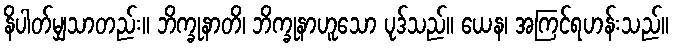
နိပါတ်မျှသာတည်း။ ဘိက္ခုနာတိ၊ ဘိက္ခုနာဟူသော ပုဒ်သည်။ ယေန၊ အကြင်ရဟန်းသည်။